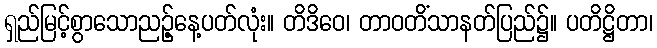
ရှည်မြင့်စွာသောညဉ့်နေ့ပတ်လုံး။ တိဒိဝေ၊ တာဝတိံသာနတ်ပြည်၌။ ပတိဋ္ဌိတာ၊